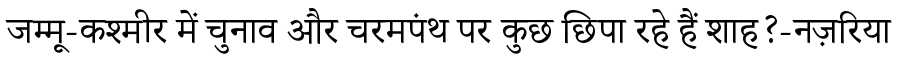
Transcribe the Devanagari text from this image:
जम्मू-कश्मीर में चुनाव और चरमपंथ पर कुछ छिपा रहे हैं शाह?-नज़रिया